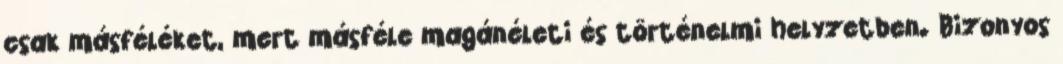
csak másféléket, mert másféle magánéleti és történelmi helyzetben. Bizonyos